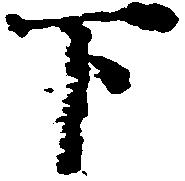
下